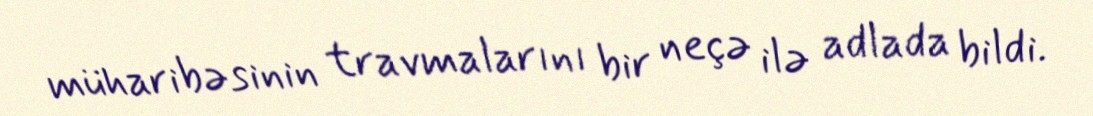
müharibəsinin travmalarını bir neçə ilə adlada bildi.